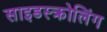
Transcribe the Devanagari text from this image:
साइडस्क्रोलिंग